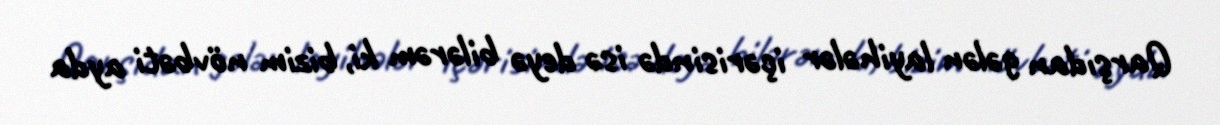
Qarşıdan gələn layihələr içərisində isə deyə bilərəm ki, bizim növbəti ayda